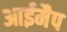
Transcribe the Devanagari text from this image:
आईमैप